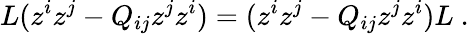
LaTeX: L(z^{i}z^{j}-Q_{ij}z^{j}z^{i})=(z^{i}z^{j}-Q_{ij}z^{j}z^{i})L\ .